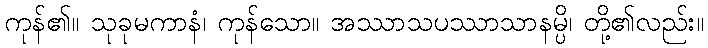
ကုန်၏။ သုခုမကာနံ၊ ကုန်သော။ အဿာသပဿာသာနမ္ပိ၊ တို့၏လည်း။